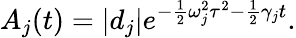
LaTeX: A_{j}(t)=\left|d_{j}\right|e^{-\frac{1}{2}\omega_{j}^{2}\tau^{2}-\frac{1}{2}\gamma_{j}t}.